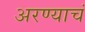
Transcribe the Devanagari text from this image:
अरण्याचं